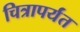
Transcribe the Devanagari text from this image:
चित्रापर्यंत